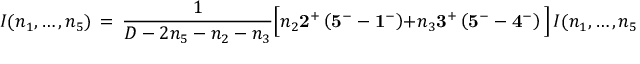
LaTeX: I ( n _ { 1 } , \ldots , n _ { 5 } ) \, = \, \frac { 1 } { D - 2 n _ { 5 } - n _ { 2 } - n _ { 3 } } \Big [ n _ { 2 } { \bf 2 ^ { + } } \left( { \bf 5 ^ { - } } - { \bf 1 ^ { - } } \right) + n _ { 3 } { \bf 3 ^ { + } } \left( { \bf 5 ^ { - } } - { \bf 4 ^ { - } } \right) \Big ] \, I ( n _ { 1 } , \ldots , n _ { 5 } ) \, .